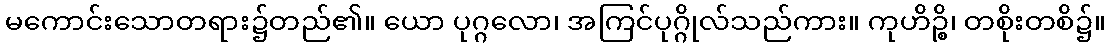
မကောင်းသောတရား၌တည်၏။ ယော ပုဂ္ဂလော၊ အကြင်ပုဂ္ဂိုလ်သည်ကား။ ကုဟိဉ္စိ၊ တစိုးတစိ၌။